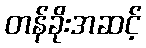
တန်ခိုးအဆင့်